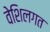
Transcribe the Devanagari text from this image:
वेशिलगत